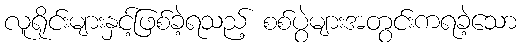
လူရိုင်းများနှင့်ဖြစ်ခဲ့ရသည့် စစ်ပွဲများအတွင်းကရခဲ့သော